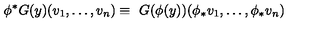
\phi ^ { * } G ( y ) ( v _ { 1 } , \ldots , v _ { n } ) \equiv \ G ( \phi ( y ) ) ( \phi _ { * } v _ { 1 } , \ldots , \phi _ { * } v _ { n } )